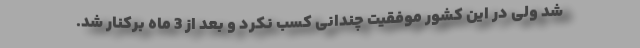
شد ولی در این کشور موفقیت چندانی کسب نکرد و بعد از 3 ماه برکنار شد.